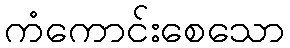
ကံကောင်းစေသော